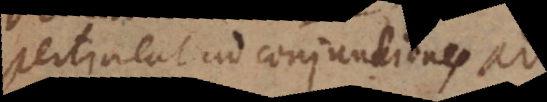
pertineat ad conjunctiones ut